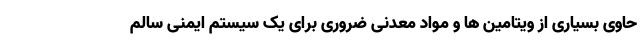
حاوی بسیاری از ویتامین ها و مواد معدنی ضروری برای یک سیستم ایمنی سالم